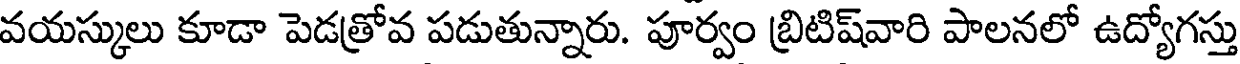
వయస్కులు కూడా పెడత్రోవ పడుతున్నారు. పూర్వం బ్రిటిష్వారి పాలనలో ఉద్యోగస్తు